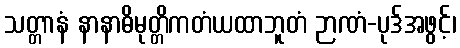
သတ္တာနံ နာနာဓိမုတ္တိကတံယထာဘူတံ ဉာဏံ-ပုဒ်အဖွင့်၊